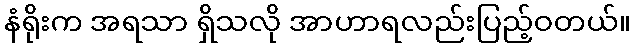
နံရိုးက အရသာ ရှိသလို အာဟာရလည်းပြည့်ဝတယ်။